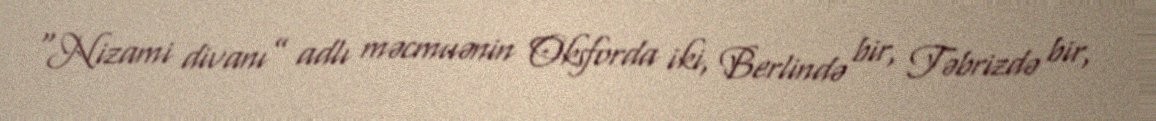
“Nizami divanı” adlı məcmuənin Oksforda iki, Berlində bir, Təbrizdə bir,